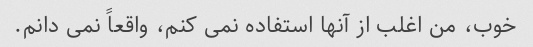
خوب، من اغلب از آنها استفاده نمی کنم، واقعاً نمی دانم.